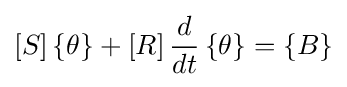
\left[S\right]\left\{\theta \right\}+\left[R\right]{\frac {d}{dt}}\left\{\theta \right\}=\left\{B\right\}